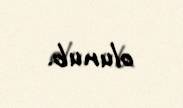
olunub.